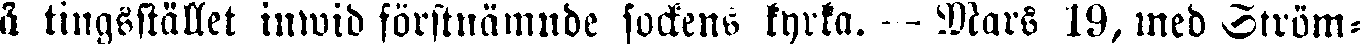
å tingsstället inwid förstnämnde sockens kyrka. — Mars 19, med Ström-